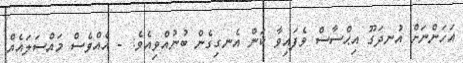
އަހަންނަށް އުނދަގޫ އިޙްސާސް ވެފައިވާ ކަން އެނގިގެން ބުނުއްވިއެވެ: - އެއްވެސް މައްސަލައެއް